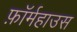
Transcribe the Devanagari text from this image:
फ़ॉर्महाउस